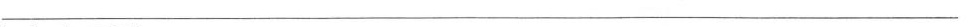
___